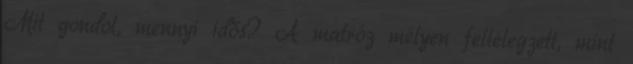
Mit gondol, mennyi idős? A matróz mélyen fellélegzett, mint